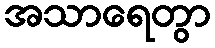
အသာရေတွာ